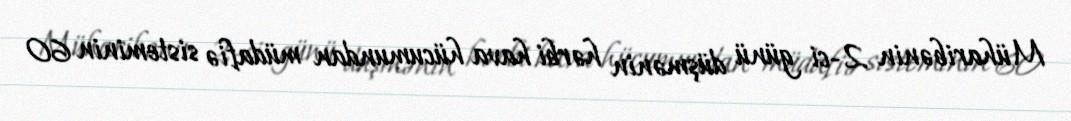
Müharibənin 2-ci günü düşmənin hərbi hava hücumundan müdafiə sisteminin 60